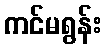
ကင်မရွန်း